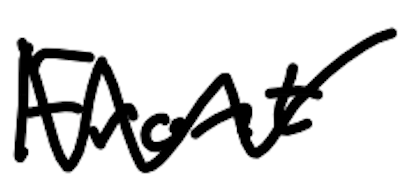
Text: Front
Cross-out: zig-zag
Writing tool: digital_black